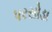
પરસોડા